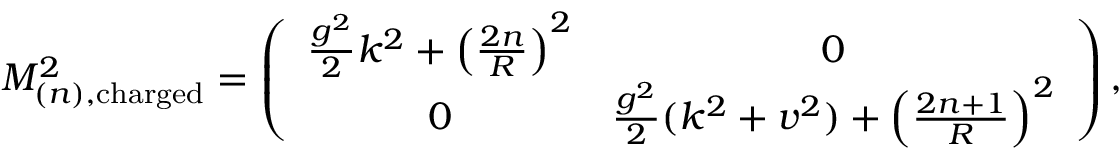
M _ { ( n ) , \mathrm { c h a r g e d } } ^ { 2 } = \left( \begin{array} { c c } { { \frac { g ^ { 2 } } 2 k ^ { 2 } + \left( \frac { 2 n } R \right) ^ { 2 } } } & { { 0 } } \\ { { 0 } } & { { \frac { g ^ { 2 } } 2 ( k ^ { 2 } + v ^ { 2 } ) + \left( \frac { 2 n + 1 } R \right) ^ { 2 } } } \end{array} \right) ,